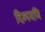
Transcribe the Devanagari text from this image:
दिव्यमणि